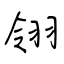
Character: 翎